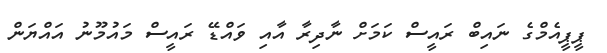
ޕީޕީއެމްގެ ނައިބް ރައީސް ކަމަށް ނާދިރާ އާއި ވައްޑޭ ރައީސް މައުމޫނު އައްޔަން